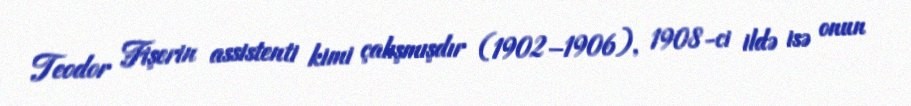
Teodor Fişerin assistenti kimi çalışmışdır (1902–1906), 1908-ci ildə isə onun